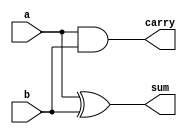
module one_bit_add(input a, input b, output sum,output carry);

assign sum = a^b;
assign carry = a&b;

endmodule